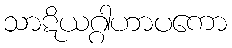
သာဋိယဂ္ဂါဟာပကော